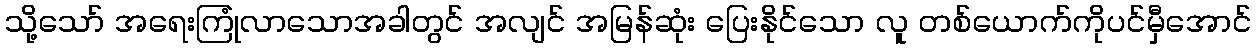
သို့သော် အရေးကြုံလာသောအခါတွင် အလျင် အမြန်ဆုံး ပြေးနိုင်သော လူ တစ်ယောက်ကိုပင်မှီအောင်